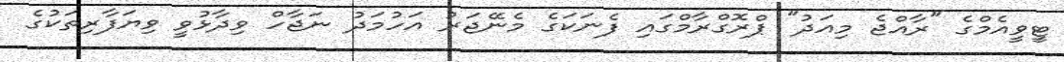
ޓީވީއެމްގެ "ރާއްޖެ މިއަދު" ޕްރޮގްރާމްގައި ފެނަކަގެ މެނޭޖަރު އަހުމަދު ނަޖާހް ވިދާޅުވީ ވިޔަފާރިތަކުގެ